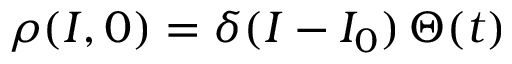
\rho ( I , 0 ) = \delta ( I - I _ { 0 } ) \, \Theta ( t )